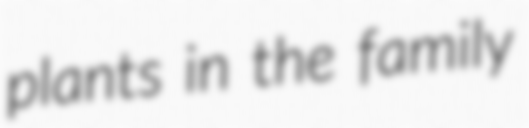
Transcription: plants in the family